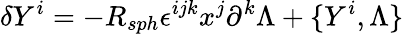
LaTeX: \delta Y^{i}=-R_{sph}\epsilon^{ijk}x^{j}\partial^{k}\Lambda+\{ Y^{i},\Lambda\}